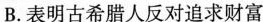
B. 表明古希腊人反对追求财富